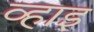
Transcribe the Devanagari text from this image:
व्हाइ